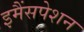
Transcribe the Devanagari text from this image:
इमैंसपेशन